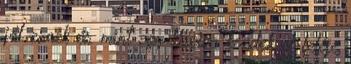
jól esnek és mint egy kiscica kezdek el feléje